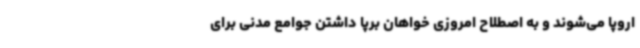
اروپا می‌شوند و به اصطلاح امروزی خواهان برپا داشتن جوامع مدنی برای